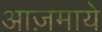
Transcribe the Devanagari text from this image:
आज़माये